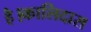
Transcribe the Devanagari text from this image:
है।कालिदास